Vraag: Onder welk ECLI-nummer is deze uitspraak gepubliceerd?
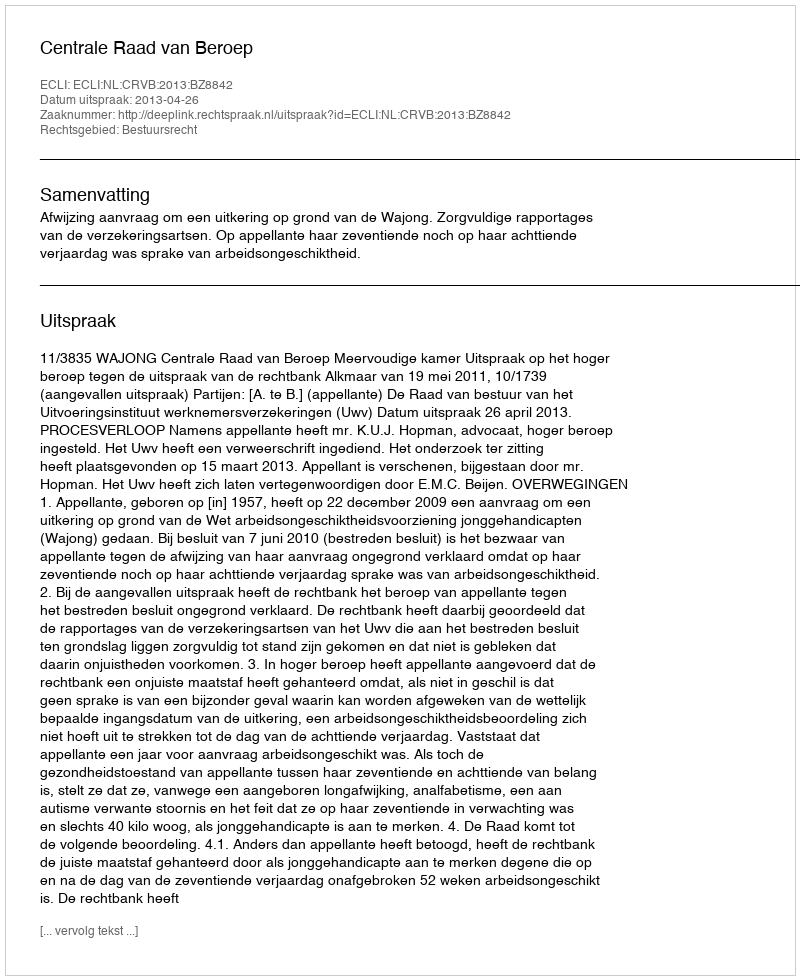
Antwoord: ECLI:NL:CRVB:2013:BZ8842